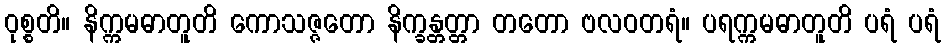
ဝုစ္စတိ။ နိက္ကမဓာတူတိ ကောသဇ္ဇတော နိက္ခန္တတ္တာ တတော ဗလဝတရံ။ ပရက္ကမဓာတူတိ ပရံ ပရံ